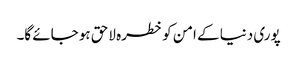
پوری دنیا کے امن کو خطرہ لاحق ہو جائے گا۔